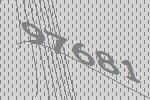
97681